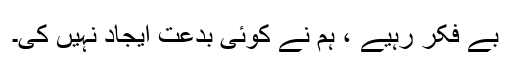
بے فکر رہیے ، ہم نے کوئی بدعت ایجاد نہیں کی۔